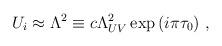
LaTeX: \begin{align*} U_i \approx \Lambda^2 \equiv c\Lambda_{UV}^2 \exp{(i\pi\tau_0)}\ ,\end{align*}